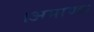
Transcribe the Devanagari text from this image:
।अमाण्डा